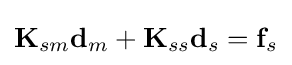
\mathbf {K} _{sm}\mathbf {d} _{m}+\mathbf {K} _{ss}\mathbf {d} _{s}=\mathbf {f} _{s}